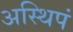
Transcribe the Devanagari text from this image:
अस्थिपं